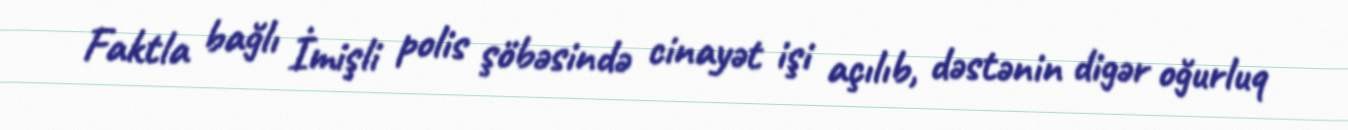
Faktla bağlı İmişli polis şöbəsində cinayət işi açılıb, dəstənin digər oğurluq